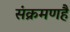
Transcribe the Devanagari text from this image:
संक्रमणहै